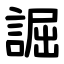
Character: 誳